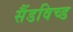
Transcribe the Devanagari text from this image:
सैंडविच्ड